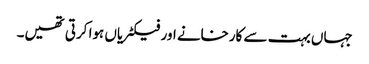
جہاں بہت سے کارخانے اور فیکٹریاں ہوا کرتی تھیں۔